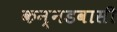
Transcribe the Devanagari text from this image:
कन्नडवासी